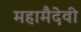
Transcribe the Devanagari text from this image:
महामैदेवी